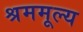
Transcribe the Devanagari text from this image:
श्रममूल्य